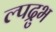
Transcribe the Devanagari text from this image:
ल्पद्रुभ